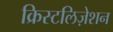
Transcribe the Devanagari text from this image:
क्रिस्टलिज़ेशन